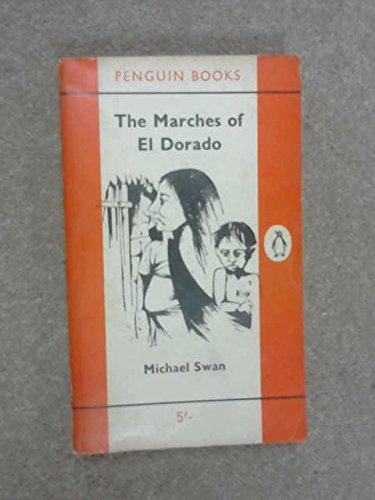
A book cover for The marches of El Dorado: British Guiana, Brazil, Venezuela; Michael Swan; Travel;